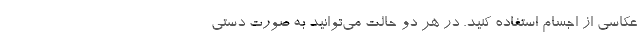
عکاسی از اجسام استفاده کنید. در هر دو حالت می‌توانید به صورت دستی